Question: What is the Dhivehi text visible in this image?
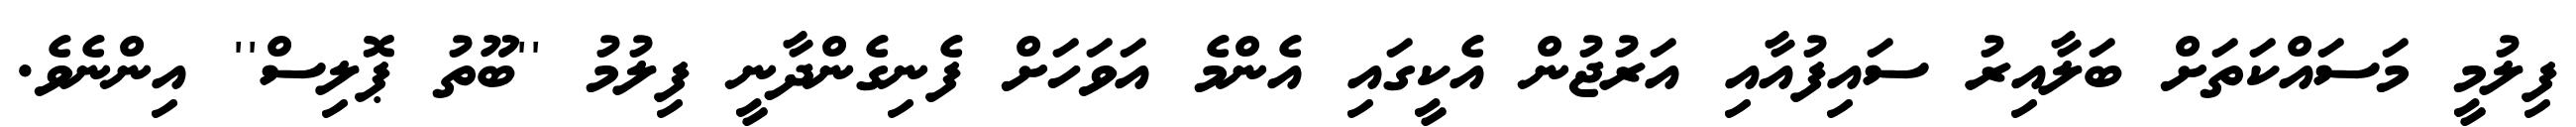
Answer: ފިލުމީ މަސައްކަތަށް ބަލާއިރު ސައިފުއާއި އަރުޖުން އެކީގައި އެންމެ އަވަހަށް ފެނިގެންދާނީ ފިލުމު ''ބޫތު ޕޮލިސް'' އިންނެވެ.